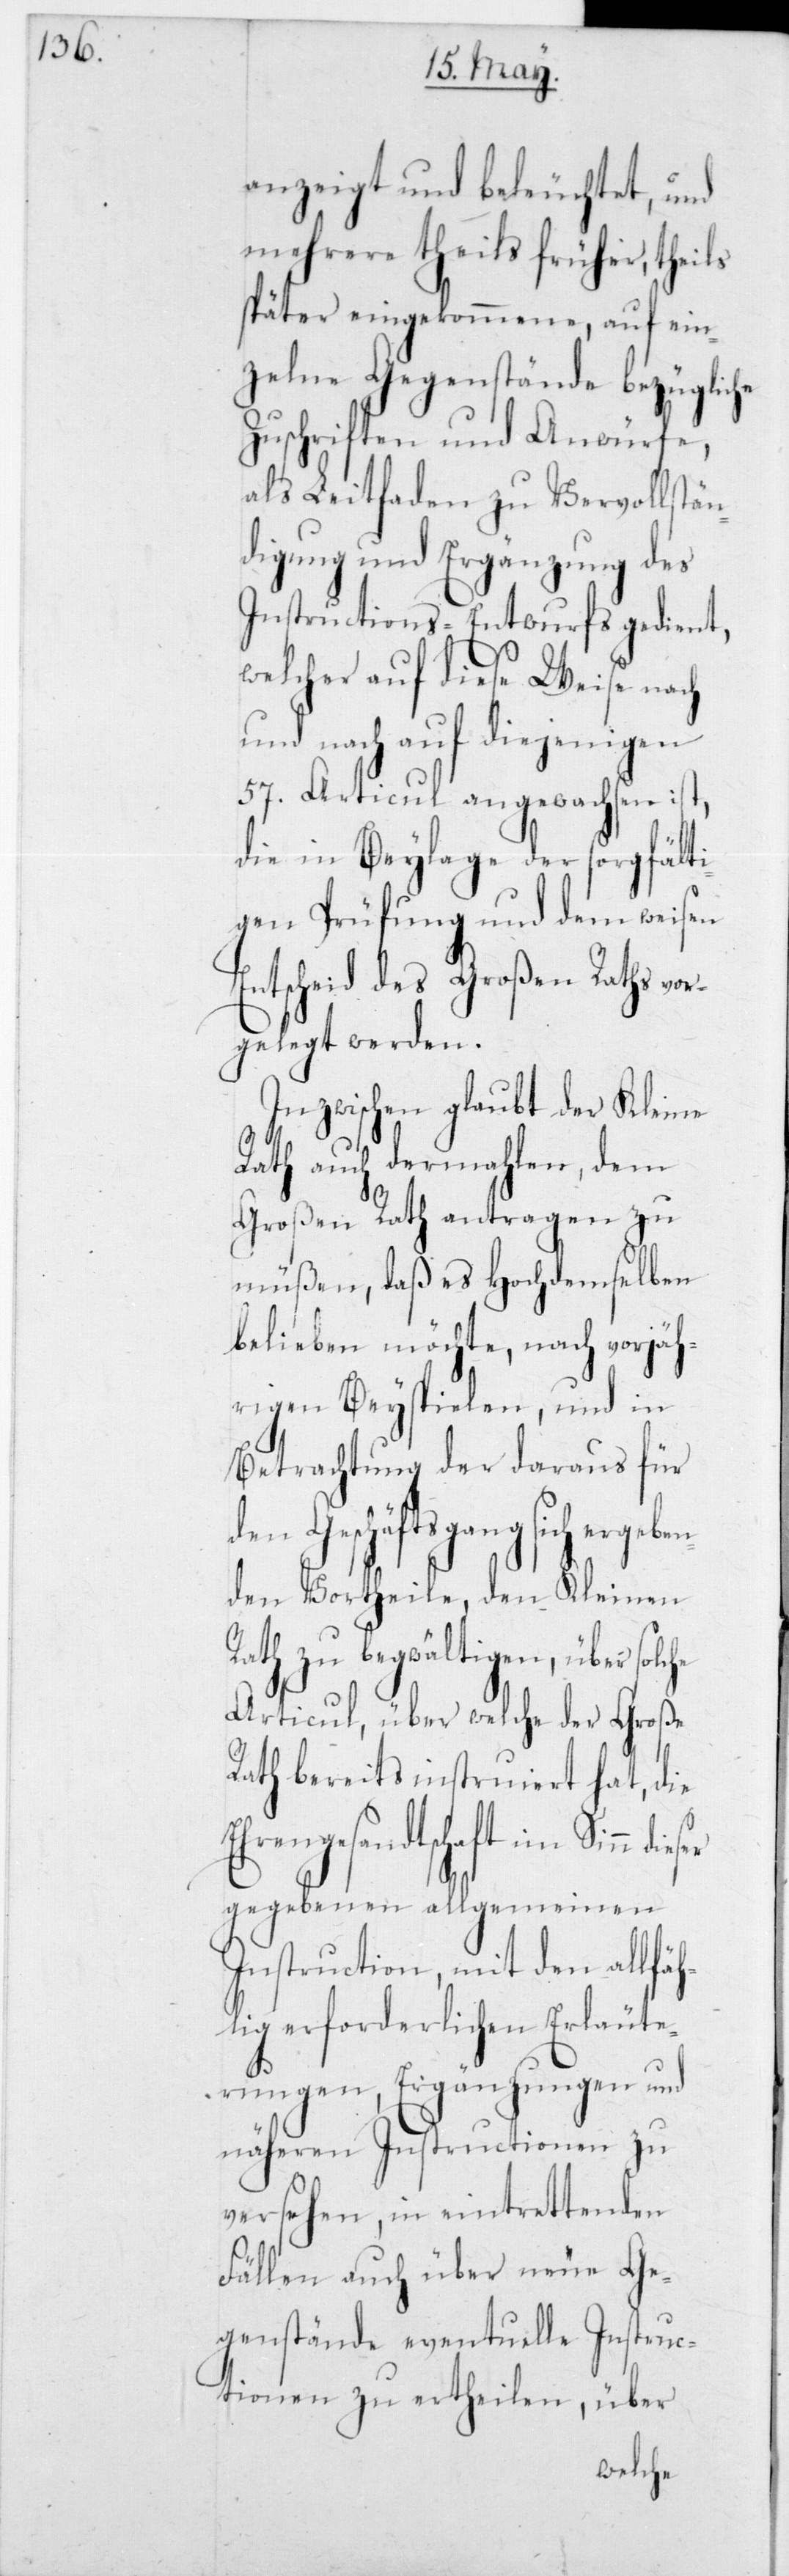
anzeigt und beleuchtet, und
mehrere theils früher, theils
später eingekommene, auf ein¬
zelne Gegenstände bezügliche
Zuschriften und Anwürfe,
als Leitfaden zu Vervollstä¬
ndigung und Ergänzung des
Instructions-Entwurfs gedient,
welcher auf diese Weise nach
und nach auf diejenigen
57 Articul angewachsen ist,
die in Beylage der sorgfälti¬
gen Prüfung und dem weisen
Entscheid des Großen Raths vor¬
gelegt werden.
Inzwischen glaubt der Kleine
Rath auch dermahlen, dem
Großen Rath antragen zu
müßen, daß es hochdemselben
belieben möchte, nach vorjäh¬
rigen Beyspielen, und in
Betrachtung der daraus für
den Geschäftsgang sich erge¬
den Vortheile, den Kleinen
Rath zu begwältigen, über
Eh¬
Articul, über welche der Große
Rath bereits instruiert hat, die
rengesandtschaft im Sinn
gegebenen allgemein¬
en
Instruction, mit den allfäh¬
lig erforderlichen Erläute¬
rungen, Ergänzungen und
näheren Instructionen zu
versehen, in eintrettenden
Fällen auch über neue Ge¬
genstände eventuelle Instruc¬
tionen zu ertheilen, über
solche